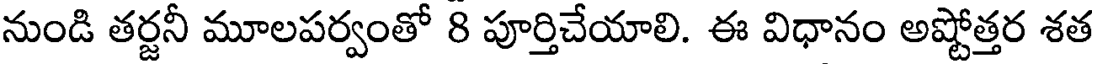
నుండి తర్జనీ మూలపర్వంతో 8 పూర్తిచేయాలి. ఈ విధానం అష్టోత్తర శత